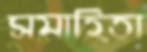
সমাহিতা